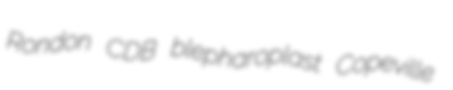
Rondon CDB blepharoplast Copeville